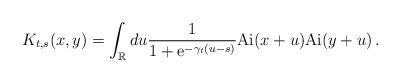
LaTeX: \begin{align*}K_{t,s}(x,y) = \int_\mathbb{R} du \frac{1}{1 + \mathrm{e}^{- \gamma_t (u -s)}}\mathrm{Ai}(x+u)\mathrm{Ai}(y+u)\,.\end{align*}